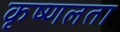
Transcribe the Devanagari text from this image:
कृष्णलता